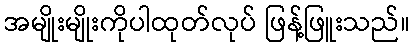
အမျိုးမျိုးကိုပါထုတ်လုပ် ဖြန့်ဖြူးသည်။